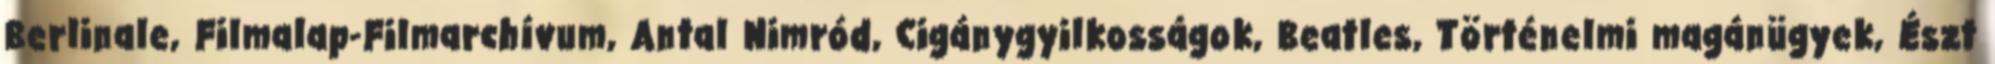
Berlinale, Filmalap-Filmarchívum, Antal Nimród, Cigánygyilkosságok, Beatles, Történelmi magánügyek, Észt